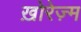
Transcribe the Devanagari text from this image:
ख़ोरेज़्म